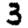
Digit: 3